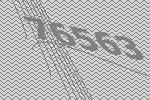
76563